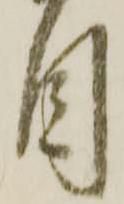
目